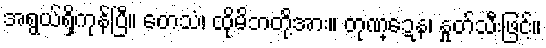
အရွယ်ရှိကုန်ပြီ။ တေသံ၊ ထိုမိဘတို့အား။ တုဏ္ဍေန၊ နှုတ်သီးဖြင့်။